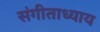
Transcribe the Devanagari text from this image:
संगीताध्याय